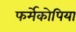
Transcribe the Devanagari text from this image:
फर्मेकोपिया